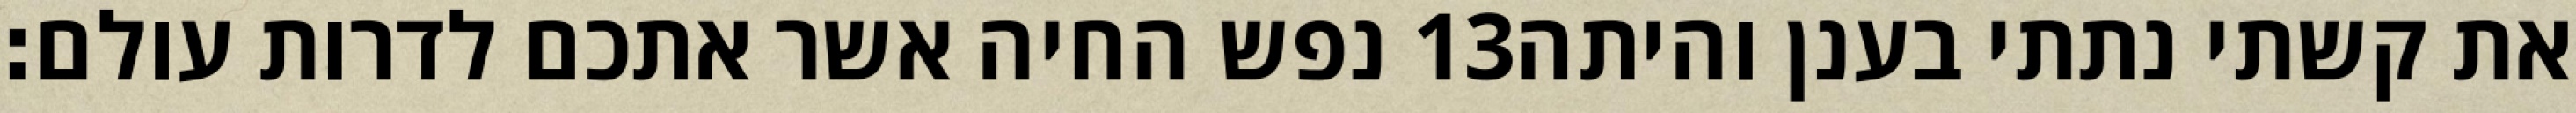
נפש החיה אשר אתכם לדרות עולם׃ ‎13‏ את קשתי נתתי בענן והיתה